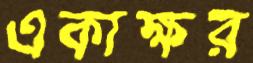
একাক্ষর